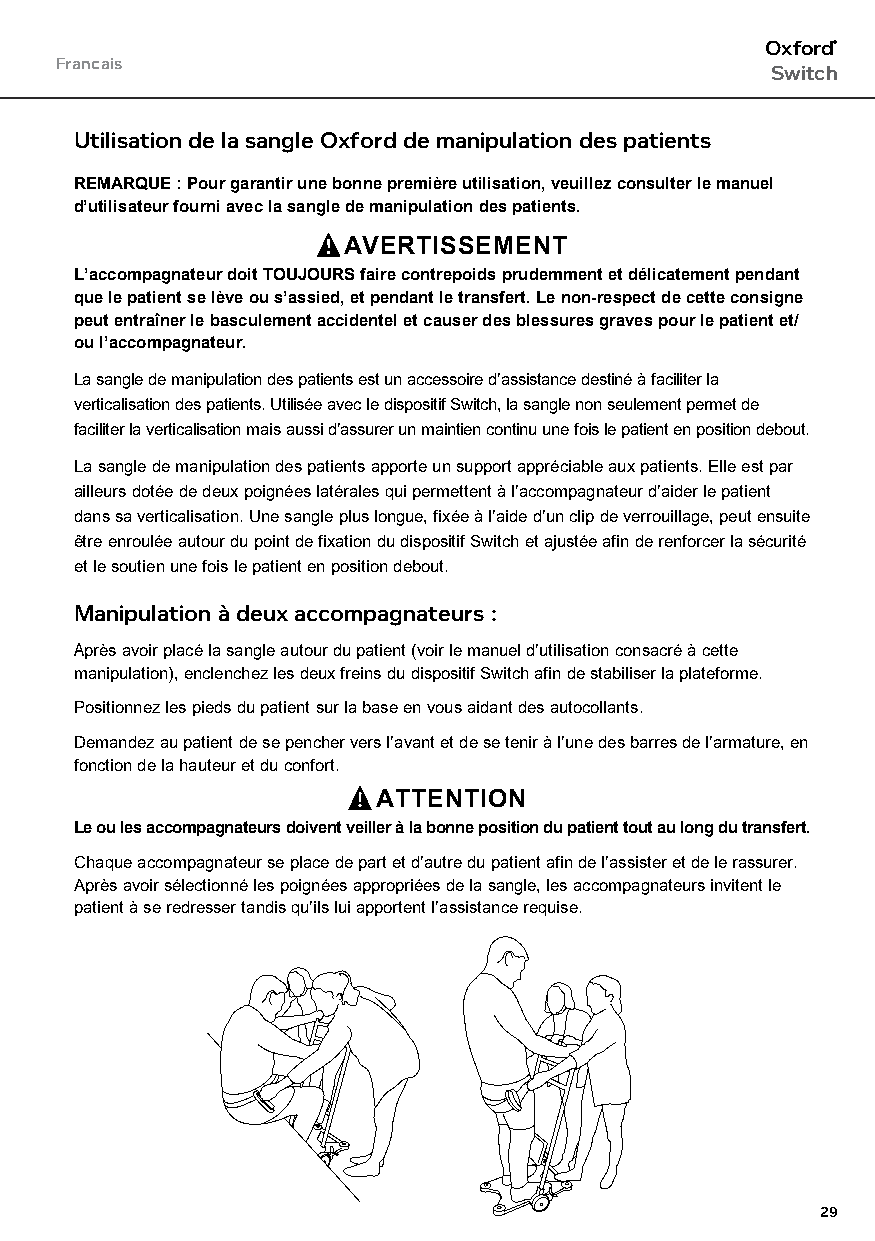
Oxford®
 Francais
 Switch
 Utilisation de la sangle Oxford de manipulation des patients
 REMARQUE : Pour garantir une bonne première utilisation, veuillez consulter le manuel
 d’utilisateur fourni avec la sangle de manipulation des patients.
 AVERTISSEMENT
 L’accompagnateur doit TOUJOURS faire contrepoids prudemment et délicatement pendant
 que le patient se lève ou s’assied, et pendant le transfert. Le non-respect de cette consigne
 peut entraîner le basculement accidentel et causer des blessures graves pour le patient et/
 ou l’accompagnateur.
 La sangle de manipulation des patients est un accessoire d’assistance destiné à faciliter la
 verticalisation des patients. Utilisée avec le dispositif Switch, la sangle non seulement permet de
 faciliter la verticalisation mais aussi d’assurer un maintien continu une fois le patient en position debout.
 La sangle de manipulation des patients apporte un support appréciable aux patients. Elle est par
 ailleurs dotée de deux poignées latérales qui permettent à l’accompagnateur d’aider le patient
 dans sa verticalisation. Une sangle plus longue, fixée à l’aide d’un clip de verrouillage, peut ensuite
 être enroulée autour du point de fixation du dispositif Switch et ajustée afin de renforcer la sécurité
 et le soutien une fois le patient en position debout.
 Manipulation à deux accompagnateurs :
 Après avoir placé la sangle autour du patient (voir le manuel d’utilisation consacré à cette
 manipulation), enclenchez les deux freins du dispositif Switch afin de stabiliser la plateforme.
 Positionnez les pieds du patient sur la base en vous aidant des autocollants.
 Demandez au patient de se pencher vers l’avant et de se tenir à l’une des barres de l’armature, en
 fonction de la hauteur et du confort.
 ATTENTION
 Le ou les accompagnateurs doivent veiller à la bonne position du patient tout au long du transfert.
 Chaque accompagnateur se place de part et d’autre du patient afin de l’assister et de le rassurer.
 Après avoir sélectionné les poignées appropriées de la sangle, les accompagnateurs invitent le
 patient à se redresser tandis qu’ils lui apportent l’assistance requise.
 29